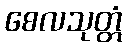
စေလသုတ္တံ